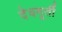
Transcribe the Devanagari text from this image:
देवमूर्ती